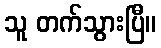
သူ တက်သွားပြီ။